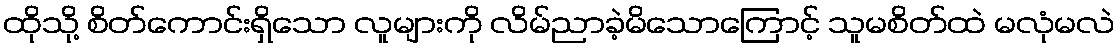
ထိုသို့ စိတ်ကောင်းရှိသော လူများကို လိမ်ညာခဲ့မိသောကြောင့် သူမစိတ်ထဲ မလုံမလဲ